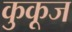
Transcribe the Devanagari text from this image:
कुकूज